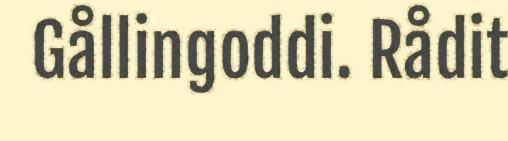
Gållingoddi. Rådit